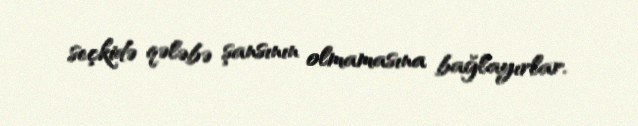
seçkidə qələbə şansının olmamasına bağlayırlar.